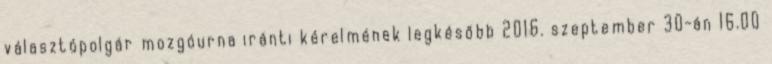
választópolgár mozgóurna iránti kérelmének legkésőbb 2016. szeptember 30-án 16.00